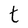
Character: t